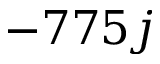
- 7 7 5 j